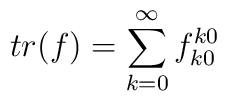
tr(f)=\sum_{k=0}^{\infty} f_{k0}^{k0}